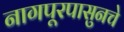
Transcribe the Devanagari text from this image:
नागपूरपासुनचे